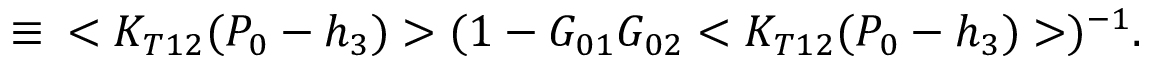
\, \, \equiv \, \, \, < K _ { T 1 2 } ( P _ { 0 } - h _ { 3 } ) > ( 1 - G _ { 0 1 } G _ { 0 2 } < K _ { T 1 2 } ( P _ { 0 } - h _ { 3 } ) > ) ^ { - 1 } .